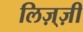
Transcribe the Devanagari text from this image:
लिज़्ज़ी